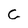
Character: C